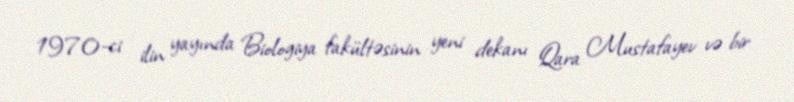
1970-ci ilin yayında Biologiya fakültəsinin yeni dekanı Qara Mustafayev və bir